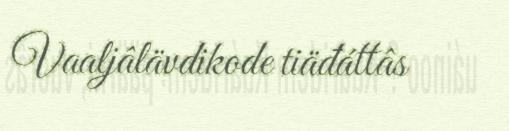
Vaaljâlävdikode tiäđáttâs